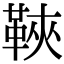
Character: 䩡